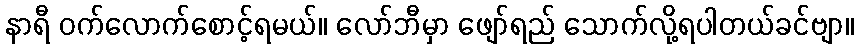
နာရီ ဝက်လောက်စောင့်ရမယ်။ လော်ဘီမှာ ဖျော်ရည် သောက်လို့ရပါတယ်ခင်ဗျာ။